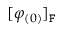
[ \varphi _ { ( 0 ) } ] _ { \mathtt { F } }